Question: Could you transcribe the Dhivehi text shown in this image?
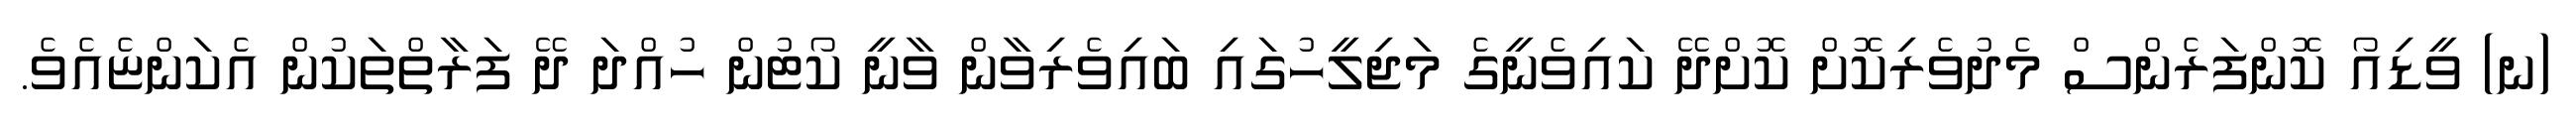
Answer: (ނ) ވީޑިއޯ ކޮންފަރެންސް މެދުވެރިކޮށް ކޮށްދޭ ކައިވެނީގެ މަޖިލީހުގައި ބައިވެރިވާން ވާނީ ކޯޓުން ހުއްދަ ދޭ ފަރާތްތަކުން އެކަންޏެއެވެ.